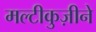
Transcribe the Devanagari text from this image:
मल्टीकुज़ीने